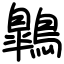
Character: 鷱